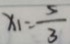
x _ { 1 } = \frac { 5 } { 3 }